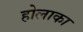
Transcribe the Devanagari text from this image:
होलाका